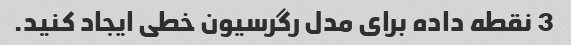
3 نقطه داده برای مدل رگرسیون خطی ایجاد کنید.